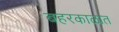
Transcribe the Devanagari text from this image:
बहरकाळात